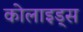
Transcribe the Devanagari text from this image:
कोलाइड्स